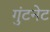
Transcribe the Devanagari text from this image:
गुंटनेट